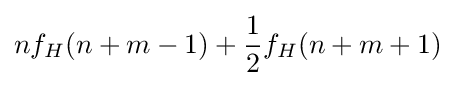
nf_{H}(n+m-1)+{\frac {1}{2}}f_{H}(n+m+1)